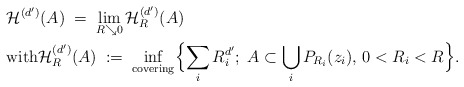
\begin{align*}&\mathcal{H}^{(d^\prime)} (A) \; = \; \lim_{R \searrow 0} \mathcal{H}_{R}^{(d^\prime)} (A)\\&\mathrm{with} \mathcal{H}_{R}^{(d^\prime)} (A) \; := \; \inf_{\mathrm{covering}} \Bigl\{ \sum_i R_i^{d^\prime} ;\; A \subset \bigcup_i P_{R_i} (z_i), \, 0 < R_i < R \Bigr\}.\end{align*}